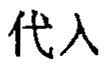
代入